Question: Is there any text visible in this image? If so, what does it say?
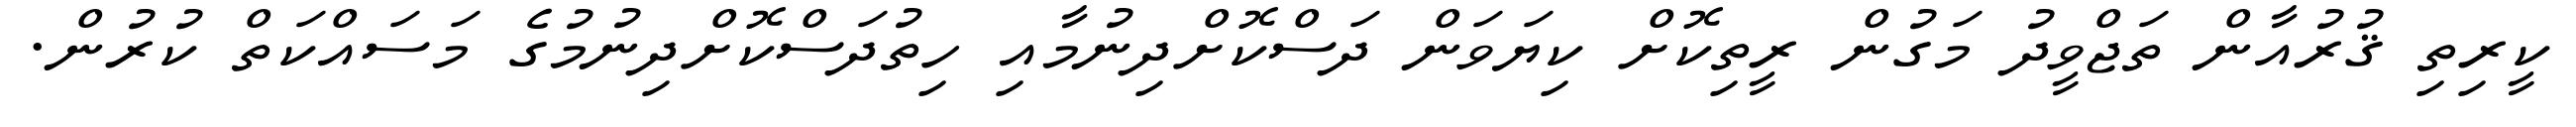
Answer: ކީރިތި ޤުރުއާން ތަޖްވީދު މަގުން ރީތިކޮށް ކިޔަވަން ދަސްކޮށްދިނުމާއި ހިތުދަސްކޮށްދިނުމުގެ މަސައްކަތް ކުރުން.